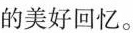
的美好回忆。